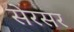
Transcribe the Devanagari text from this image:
सेरसर